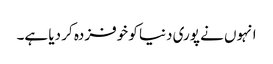
انہوں نے پوری دنیا کو خوفزدہ کر دیا ہے۔